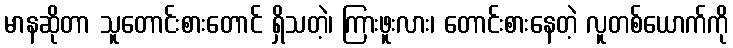
မာနဆိုတာ သူတောင်းစားတောင် ရှိသတဲ့၊ ကြားဖူးလား၊ တောင်းစားနေတဲ့ လူတစ်ယောက်ကို